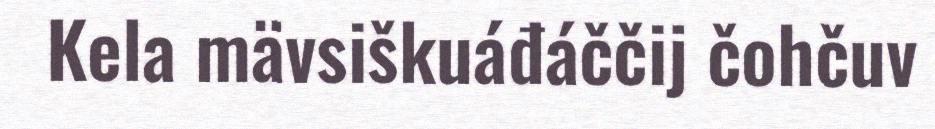
Kela mävsiškuáđáččij čohčuv